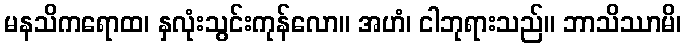
မနသိကရောထ၊ နှလုံးသွင်းကုန်လော။ အဟံ၊ ငါဘုရားသည်။ ဘာသိဿာမိ၊